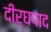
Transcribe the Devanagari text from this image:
दीर्घपाद